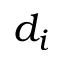
d _ { i }